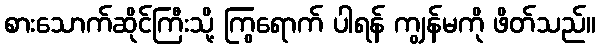
စားသောက်ဆိုင်ကြီးသို့ ကြွရောက် ပါရန် ကျွန်မကို ဖိတ်သည်။